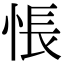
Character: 悵